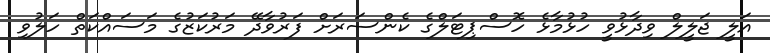
އަލީ ޖަލީލް ވިދާޅުވީ ހުޅުމާޅެ ހޮސްޕިޓަލްގެ ކެންސަރަށް ފަރުވާދޭ މަރުކަޒުގެ މަސައްކަތް ހަލުވި